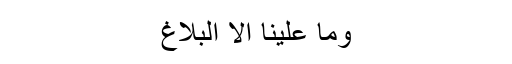
وما علینا الاّ البلاغ